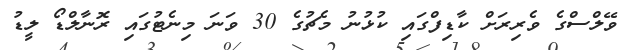
ވޭލްސްގެ ވެރިރަށް ކާޑިފްގައި ކުޅުނު މެޗުގެ 30 ވަނަ މިނެޓުގައި ރޮނާލްޑޯ ލީޑު